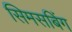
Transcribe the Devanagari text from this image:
सिमसबिंग